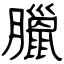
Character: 臘